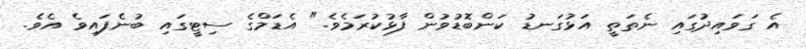
އެ ގަވައިދުގައި ނެތަތީ އަޅުގަނޑު ކަންބޮޑުވުން ފާޅުކުރަމެވެ." އެޑަމްގެ ސިޓީގައި ބުނެފައިވެ އެވެ.